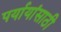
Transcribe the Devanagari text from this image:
पर्यायांसाठी